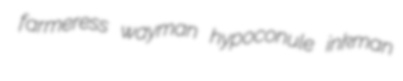
farmeress wayman hypoconule inkman